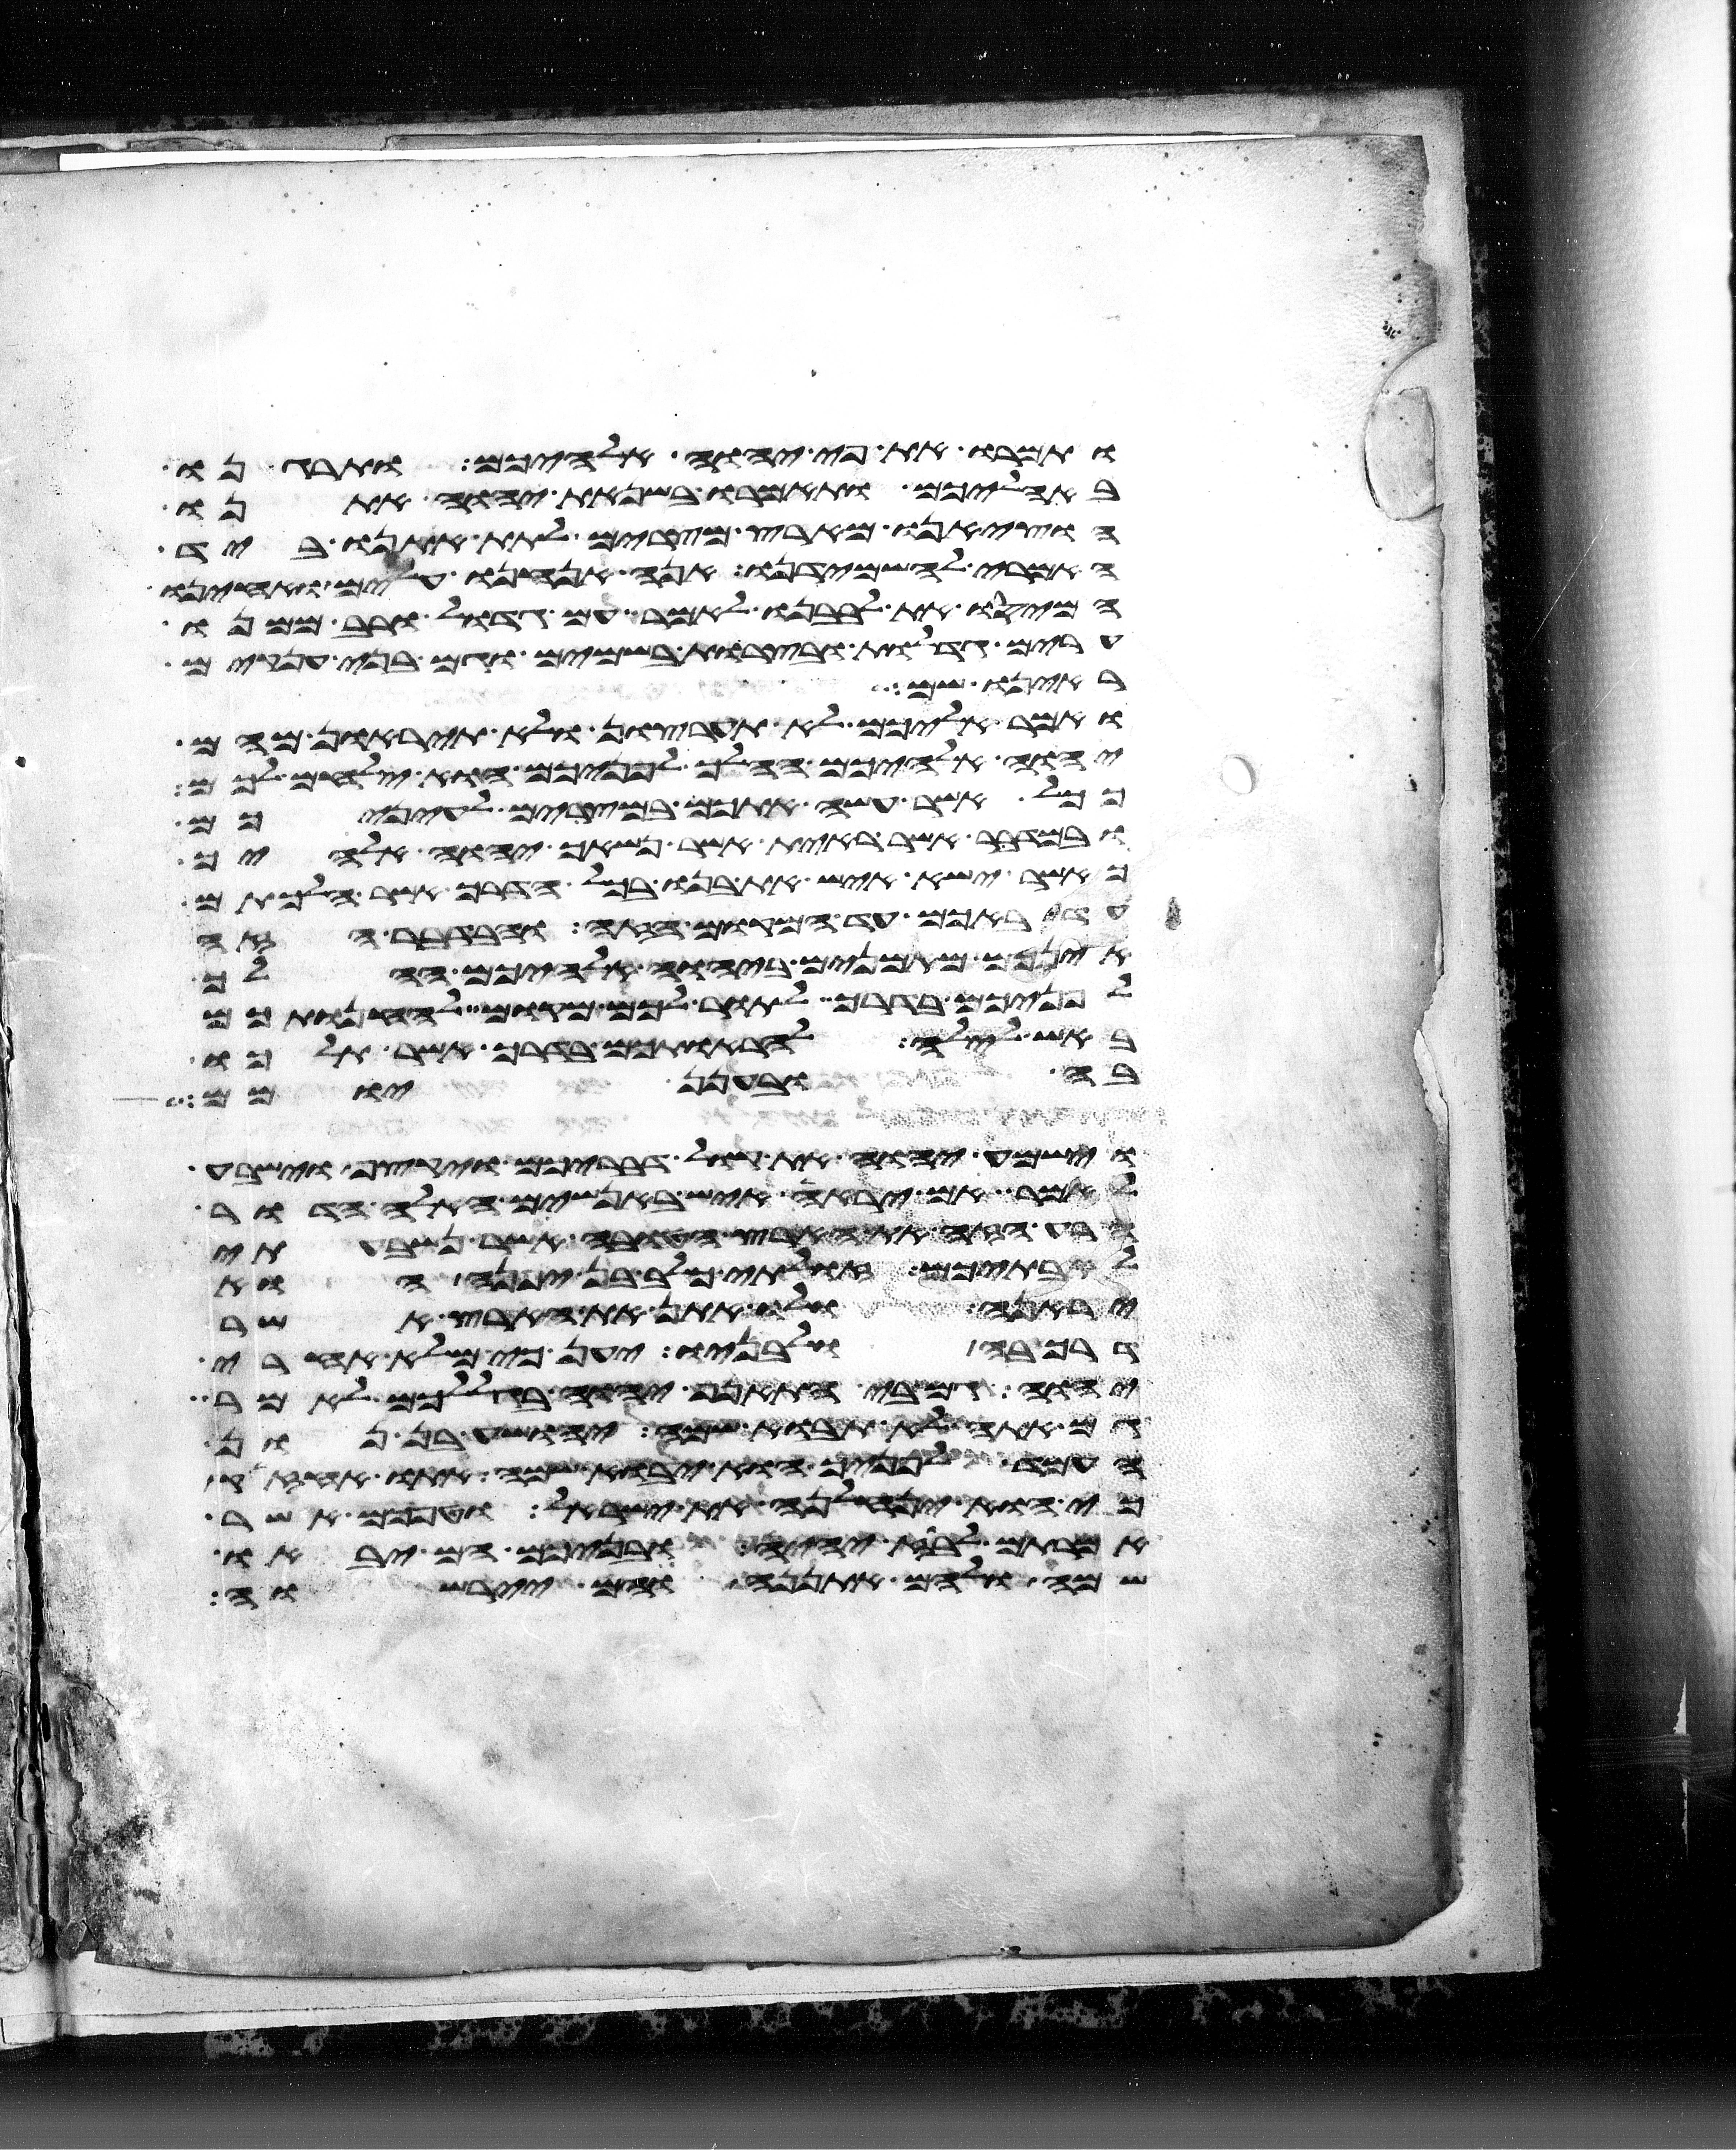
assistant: ותמרו את פי יהוה אלהיכם ותרגנו
באהליכם ותאמרו בשנאת יהוה אתנו
הוציאנו מארץ מצרים לתת אתנו ביד
האמרי להשמידנו אנה אנחנו עלים ואחינו
המיסו את לבבנו לאמר עם גדול ורב ממנו
ערים גדלות ובצרות בשמים וגם בני ענקים
ראינו שם
ואמר אליכם לא תערצון ולא תיראון מהם
יהוה אלהיכם ההלך לפניכם הוא ילחם לכם
ככל אשר עשה אתכם במצרים לעיניכם
ובמדבר אשר ראית אשר נשאך יהוה אלהיך
כאשר ישא איש את בנו בכל הדרך אשר הלכתם
עד באכם עד המקום הזה ובדבר הזה
אינכם מאמנים ביהוה אלהיכם ההלך
לפניכם בדרך לתור לכם מקום להחנותכם
באש לילה להראותכם בדרך אשר תלכו
בה ובענן יומם
וישמע יהוה את קול דבריכם ויקצף וישבע
לאמר אם יראה איש באנשים האלה הדור
הרע הזה את הארץ הטובה אשר נשבעתי
לאבתיכם זולתי כלב בן יפנה הוא
יראנה ולו אתן את הארץ אשר
דרך בה ולבניו יען כי מלא אחרי
יהוה גם בי התאנף יהוה בגללכם לאמר
גם אתה לא תבוא שמה יהושע בן נון
העמד לפניך הוא יבוא שמה אתו אחזיק
כי הוא ינחלנה את ישראל וטפכם אשר
אמרתם לבוז יהיה ובניכם הם יבאו
שם ולהם אתננה והם יירשוה